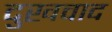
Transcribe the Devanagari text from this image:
दुखवाद